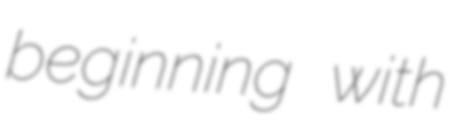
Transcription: beginning with